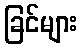
ခြင်များ